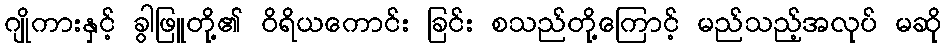
ဂျိုကားနှင့် ခွါဖြူတို့၏ ဝိရိယကောင်း ခြင်း စသည်တို့ကြောင့် မည်သည့်အလုပ် မဆို